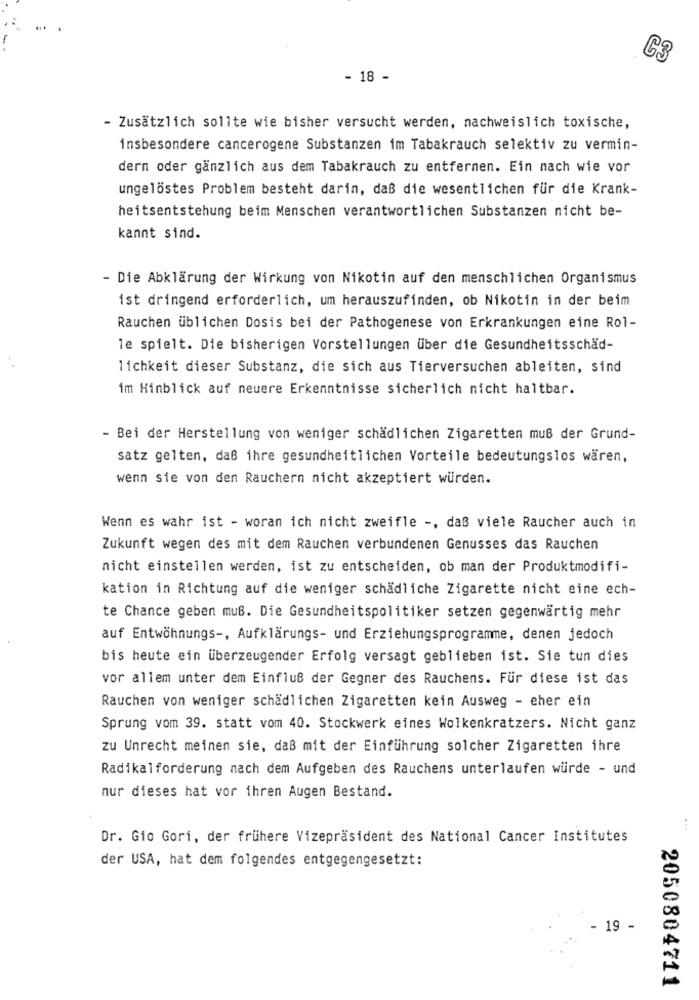
C3
- 18 -
- Zusätzlich sollte wie bisher versucht werden, nachweislich toxische,
insbesondere cancerogene Substanzen im Tabakrauch selektiv zu vermin-
dern oder gänzlich aus dem Tabakrauch zu entfernen. Ein nach wie vor
ungelöstes Problem besteht darin, daß die wesentlichen für die Krank-
heitsentstehung beim Menschen verantwortlichen Substanzen nicht be-
kannt sind.
- Die Abklärung der Wirkung von Nikotin auf den menschlichen Organismus
ist dringend erforderlich, um herauszufinden, ob Nikotin in der beim
Rauchen üblichen Dosis bei der Pathogenese von Erkrankungen eine Rol-
le spielt. Die bisherigen Vorstellungen über die Gesundheitsschäd-
lichkeit dieser Substanz, die sich aus Tierversuchen ableiten, sind
im Hinblick auf neuere Erkenntnisse sicherlich nicht haltbar.
- Bei der Herstellung von weniger schädlichen Zigaretten muß der Grund-
satz gelten, daß ihre gesundheitlichen Vorteile bedeutungslos wären,
wenn sie von den Rauchern nicht akzeptiert würden.
Wenn es wahr ist - woran ich nicht zweifle -, daß viele Raucher auch in
Zukunft wegen des mit dem Rauchen verbundenen Genusses das Rauchen
nicht einstellen werden, ist zu entscheiden, ob man der Produktmodifi-
kation in Richtung auf die weniger schädliche Zigarette nicht eine ech-
te Chance geben muß. Die Gesundheitspolitiker setzen gegenwärtig mehr
auf Entwöhnungs -, Aufklärungs- und Erziehungsprogramme, denen jedoch
bis heute ein überzeugender Erfolg versagt geblieben ist. Sie tun dies
vor allem unter dem Einfluß der Gegner des Rauchens. Für diese ist das
Rauchen von weniger schädlichen Zigaretten kein Ausweg - eher ein
Sprung vom 39. statt vom 40. Stockwerk eines Wolkenkratzers. Nicht ganz
zu Unrecht meinen sie, daß mit der Einführung solcher Zigaretten ihre
Radikalforderung nach dem Aufgeben des Rauchens unterlaufen würde - und
nur dieses hat vor ihren Augen Bestand.
Dr. Gio Gori, der frühere Vizepräsident des National Cancer Institutes
der USA, hat dem folgendes entgegengesetzt:
19 -
2050804711